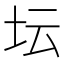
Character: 坛